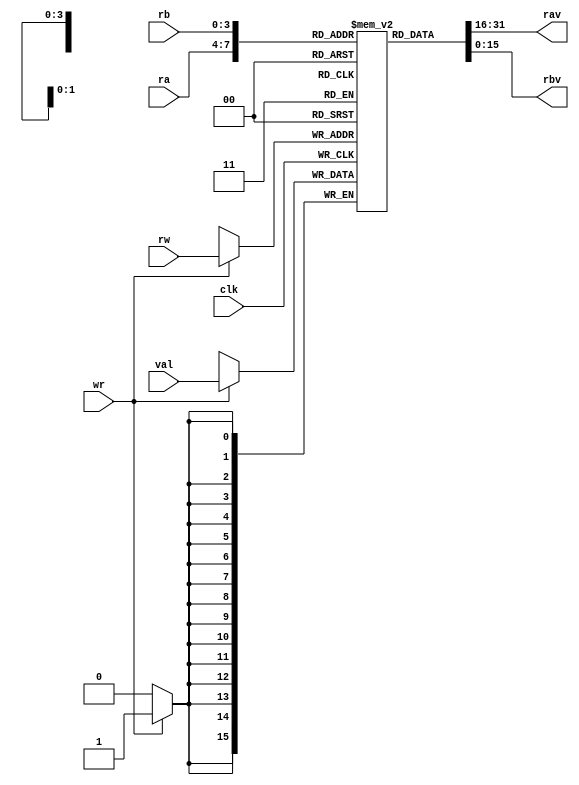
module regfile(clk,ra,rb,rw,wr,rav,rbv,val);
//////input ports//////////
input [15:0] val;
input [3:0] ra,rb,rw;
input clk,wr;
////output ports/////////////
output [15:0] rav,rbv;

/////////////var///////////
reg [15:0] rfile [0:15]; // rfile[x]= register of 16 bits
reg [4:0] i;

///////init////////
initial begin
rfile[0] = 16'b0000000000001000;
rfile[1] = 16'b0;
rfile[2] = 16'b1;
for(i=3; i < 16 ; i= i + 1) begin
rfile[i] =16'b0;
end
end

///////assignment//////////
assign rav = rfile[ra];
assign rbv = rfile[rb];

/////code begins//////  
always@(posedge clk)
begin
  if(wr) begin// write
  rfile[rw] <= val; // rw= address where data will be written
  end
end

endmodule